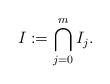
LaTeX: \begin{align*} I := \bigcap_{j = 0}^m I_j . \end{align*}